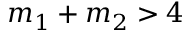
m _ { 1 } + m _ { 2 } > 4